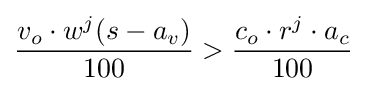
{v_{o}\cdot w^{j}(s-a_{v}) \over 100}>{c_{o}\cdot r^{j}\cdot a_{c} \over 100}